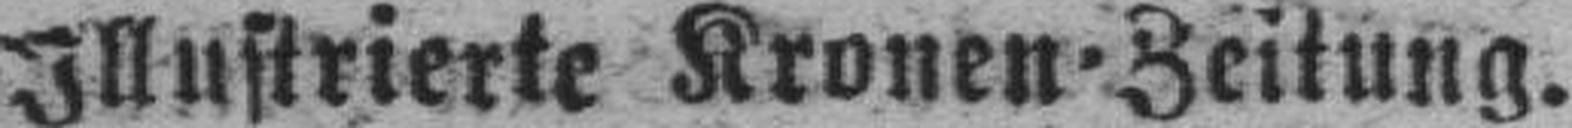
Illustrierte Kronen=Zeitung.